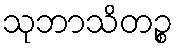
သုဘာသိတဉ္စ